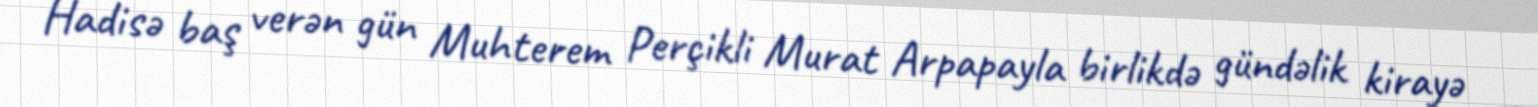
Hadisə baş verən gün Muhterem Perçikli Murat Arpapayla birlikdə gündəlik kirayə